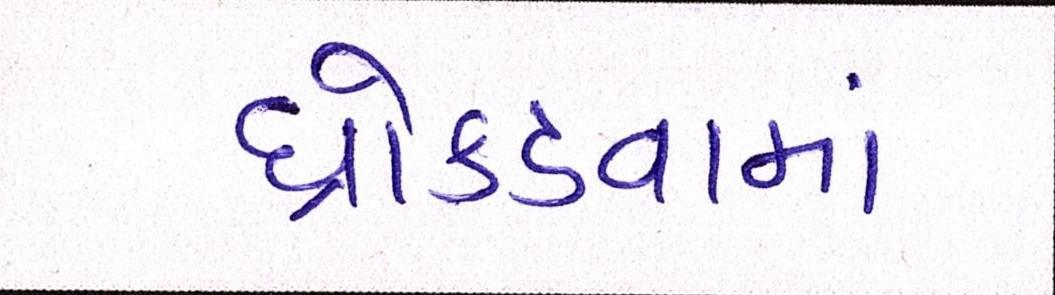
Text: ધ્રોકડવામાં